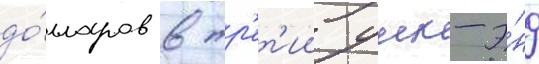
до́лларов в тр'ет'ии уик-э́нд